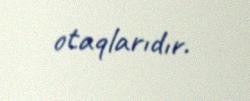
otaqlarıdır.